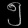
Digit: ၅